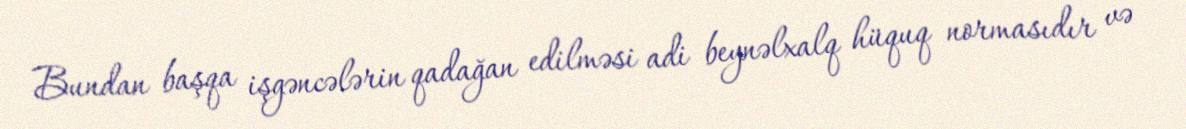
Bundan başqa işgəncələrin qadağan edilməsi adi beynəlxalq hüquq normasıdır və